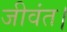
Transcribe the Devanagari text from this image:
जीवंत।